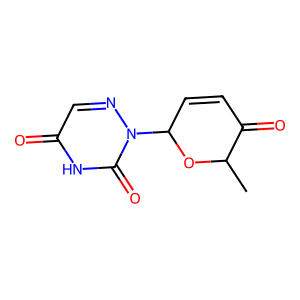
SMILES: CC1OC(n2ncc(=O)[nH]c2=O)C=CC1=O
Inhibits HIV replication: No